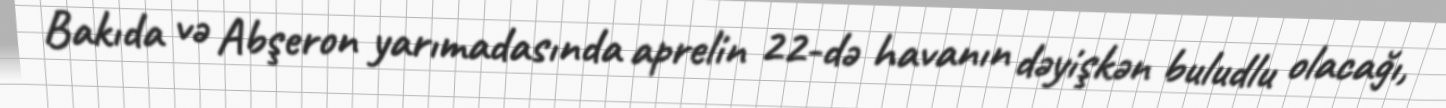
Bakıda və Abşeron yarımadasında aprelin 22-də havanın dəyişkən buludlu olacağı,